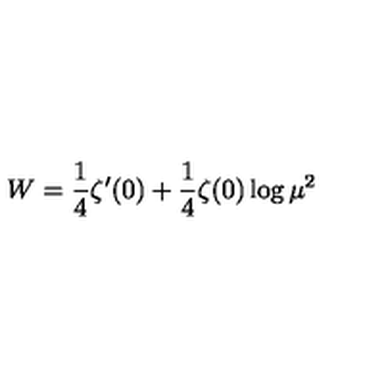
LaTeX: W = \frac { 1 } { 4 } \zeta ^ { \prime } ( 0 ) + \frac { 1 } { 4 } \zeta ( 0 ) \log \mu ^ { 2 }